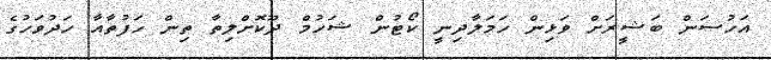
އަހުސަން ބަޝީރަށް ވަޅިން ހަމަލާދިނީ ކޯޓުން ޝަހުމް ދޫކޮށްލިތާ ތިން ހަފުތާއާ ހަދުވަހުގެ